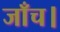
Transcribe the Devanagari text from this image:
जाँच।